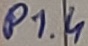
Text: P1.4